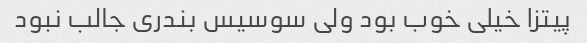
پیتزا خیلی خوب بود ولی سوسیس بندری جالب نبود